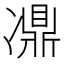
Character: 𠘋